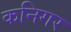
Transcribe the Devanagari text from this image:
कनिगर